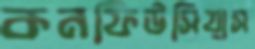
কনফিউসিয়াস